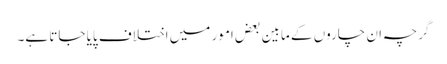
گرچہ ان چاروں کے مابین بعض امور میں اختلاف پایا جاتا ہے۔